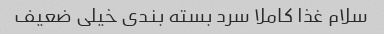
سلام غذا کاملا سرد بسته بندی خیلی ضعیف